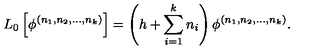
L _ { 0 } \left[ \phi ^ { ( n _ { 1 } , n _ { 2 } , . . . , n _ { k } ) } \right] = \left( h + \sum _ { i = 1 } ^ { k } n _ { i } \right) \phi ^ { ( n _ { 1 } , n _ { 2 } , . . . , n _ { k } ) } .